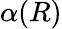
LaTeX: \alpha(R)